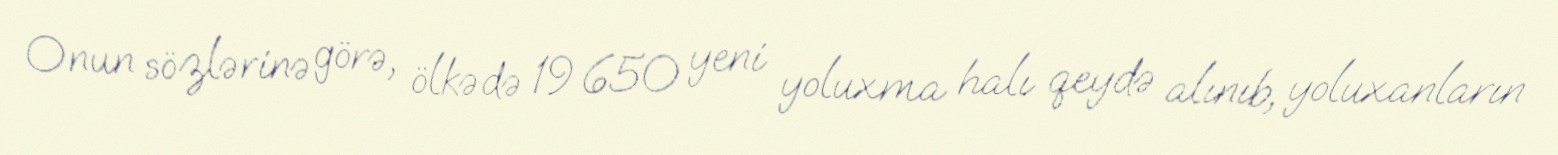
Onun sözlərinə görə, ölkədə 19 650 yeni yoluxma halı qeydə alınıb, yoluxanların